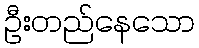
ဦးတည်နေသော